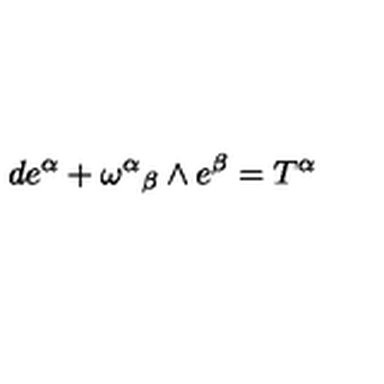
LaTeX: d e ^ { \alpha } + { { \omega } ^ { \alpha } } _ { \beta } \wedge e ^ { \beta } = T ^ { \alpha }